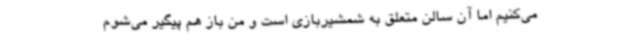
می‌کنیم اما آن سالن متعلق به شمشیربازی است و من باز هم پیگیر می‌شوم